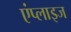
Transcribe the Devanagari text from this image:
एंप्लाइज